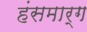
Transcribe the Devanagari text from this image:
हंसमार्ग